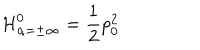
LaTeX: { \cal H } _ { \alpha = \pm \infty } ^ { 0 } = { \frac { 1 } { 2 } } p _ { 0 } ^ { 2 }